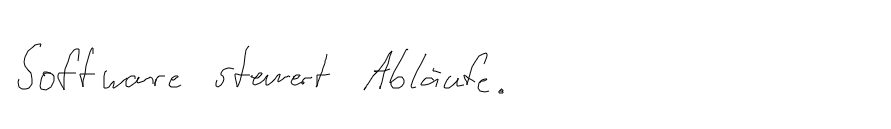
Software steuert Abläufe.